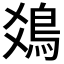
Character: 𩾾